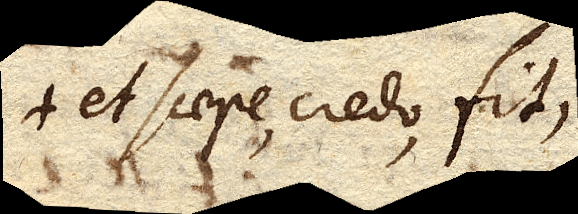
et saepe, credo, fit,